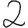
Digit: 2